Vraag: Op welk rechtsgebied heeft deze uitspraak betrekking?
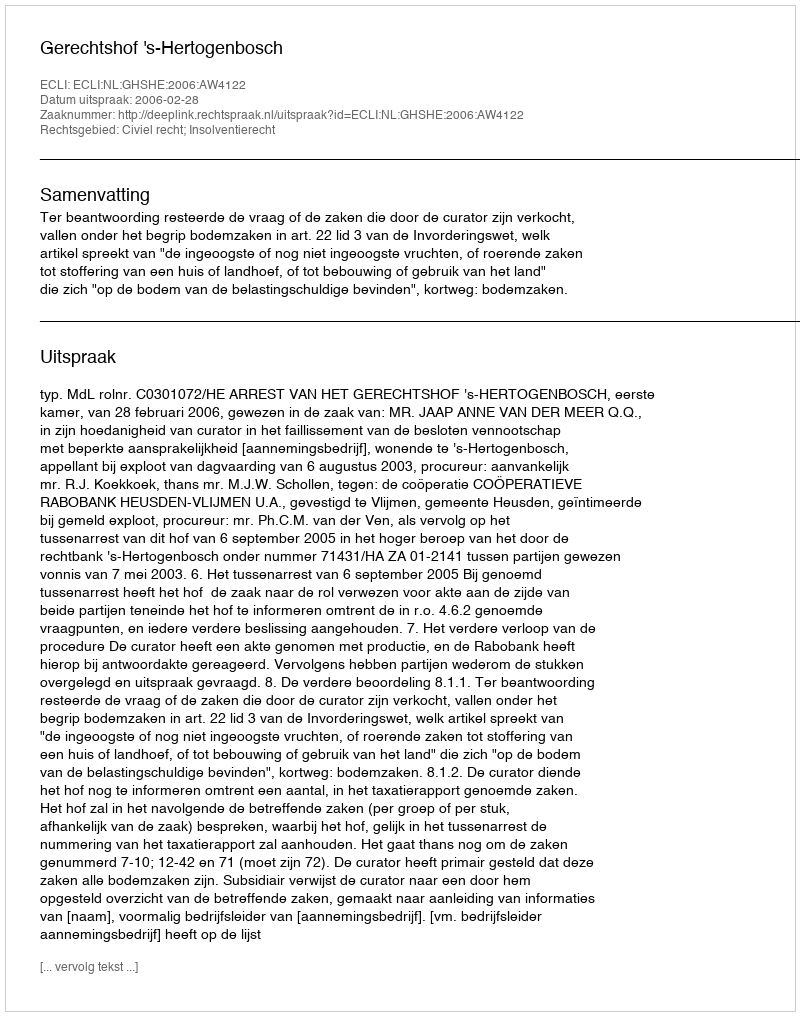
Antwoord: Civiel recht; Insolventierecht